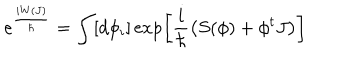
e ^ { \frac { i W ( J ) } { \hbar } } = \int [ d \phi _ { i } ] \exp \left[ \frac { i } { \hbar } \left( S ( \phi ) + \phi ^ { t } J \right) \right]